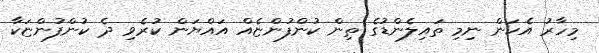
މިހާރު އެކަން ނިމި ތައިލެންޑުގެ ތިން ކުންފުންޏެއް އައްޔަން ކުރެވި ދެ ކުންފުންޏަކާ